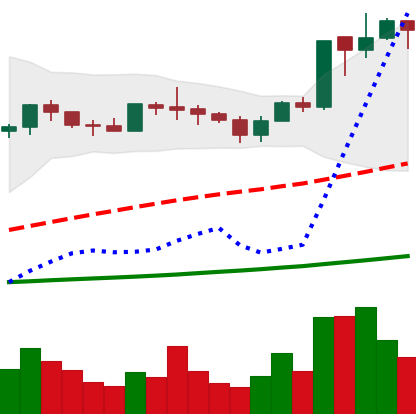
Ticker: ADA-USD
Chart end date: 2020-07-05
Forward return: 20.471%
Label: up_7plus